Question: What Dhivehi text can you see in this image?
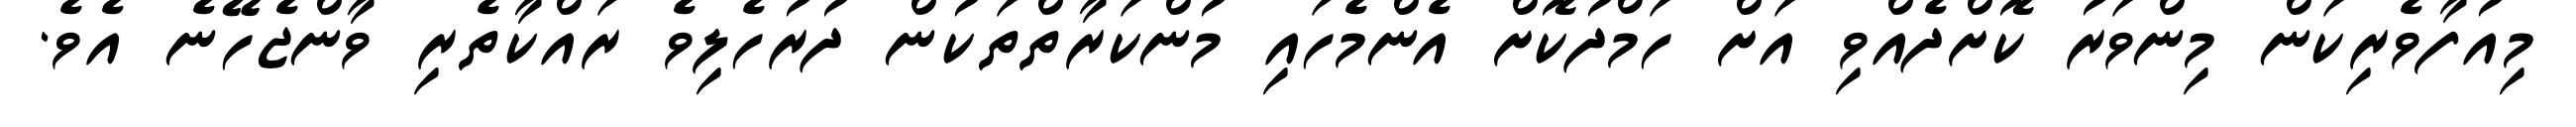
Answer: މިއުފާވެރިކަން މިންވަރު ކޮށްދެއްވި އަށް ހަމްދުކޮށް އެންމެހައި މުންކަރާތްތަކުން ދުރުހެލިވެ ރައްކާތެރި ވާންޖެހޭނެ އެވެ.